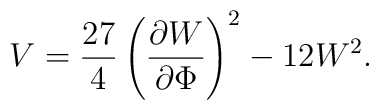
V = \frac{27}{4} \left( \frac{\partial W}{\partial    \Phi}\right)^2 - 12  W^2 .